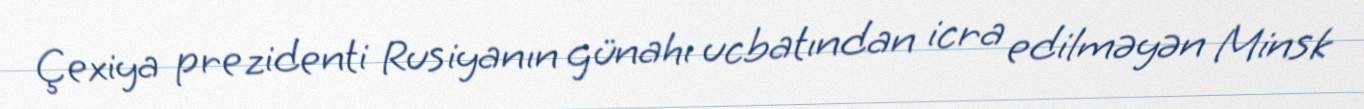
Çexiya prezidenti Rusiyanın günahı ucbatından icra edilməyən Minsk